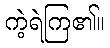
ကဲ့ရဲကြ၏။